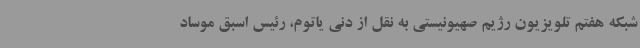
شبکه هفتم تلویزیون رژیم صهیونیستی به نقل از دنی یاتوم، رئیس اسبق موساد